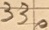
Text: 330